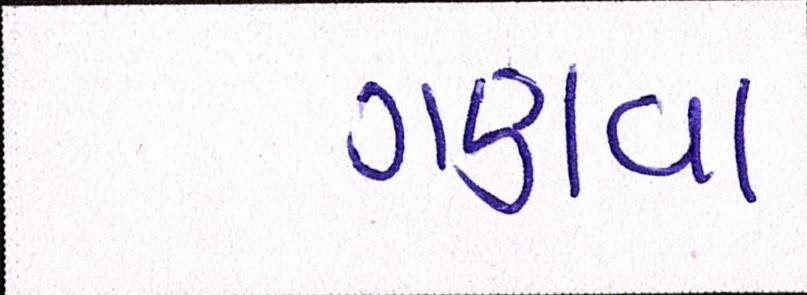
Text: ગણવા